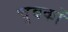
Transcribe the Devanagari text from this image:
चुवकों